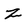
Character: Z